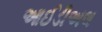
આઈડીઅલ